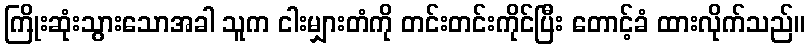
ကြိုးဆုံးသွားသောအခါ သူက ငါးမျှားတံကို တင်းတင်းကိုင်ပြီး တောင့်ခံ ထားလိုက်သည်။